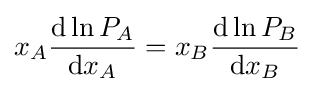
x_{A}{\frac {\mathrm {d} \ln P_{A}}{\mathrm {d} x_{A}}}=x_{B}{\frac {\mathrm {d} \ln P_{B}}{\mathrm {d} x_{B}}}